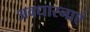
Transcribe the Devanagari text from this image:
अवधारनाएं